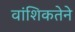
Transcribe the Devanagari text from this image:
वांशिकतेने